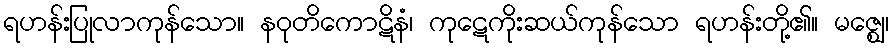
ရဟန်းပြုလာကုန်သော။ နဝုတိကောဋိနံ၊ ကုဋေကိုးဆယ်ကုန်သော ရဟန်းတို့၏။ မဇ္ဈေ၊